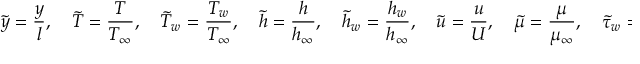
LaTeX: { \tilde { y } } = { \frac { y } { l } } , \quad { \tilde { T } } = { \frac { T } { T _ { \infty } } } , \quad { \tilde { T } } _ { w } = { \frac { T _ { w } } { T _ { \infty } } } , \quad { \tilde { h } } = { \frac { h } { h _ { \infty } } } , \quad { \tilde { h } } _ { w } = { \frac { h _ { w } } { h _ { \infty } } } , \quad { \tilde { u } } = { \frac { u } { U } } , \quad { \tilde { \mu } } = { \frac { \mu } { \mu _ { \infty } } } , \quad { \tilde { \tau } } _ { w } = { \frac { \tau _ { w } } { \mu _ { \infty } U / l } }